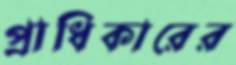
প্রাধিকারের